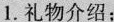
1.礼物介绍；